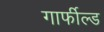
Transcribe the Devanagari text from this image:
गार्फील्ड